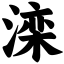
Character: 滦